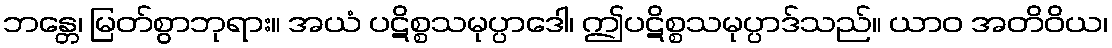
ဘန္တေ၊ မြတ်စွာဘုရား။ အယံ ပဋိစ္စသမုပ္ပာဒေါ၊ ဤပဋိစ္စသမုပ္ပာဒ်သည်။ ယာဝ အတိဝိယ၊